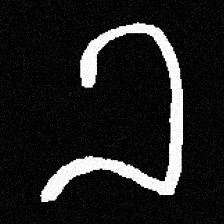
Pyu character \u2014 Myanmar letter: ခ (romanized: kha)